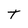
Character: T